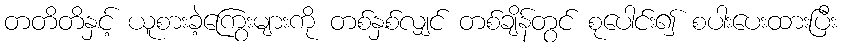
တတိတိနှင့် ယူစားခဲ့ကြွေးများကို တစ်နှစ်လျှင် တစ်ချိန်တွင် စုပေါင်း၍ စပါးပေးထားပြီး